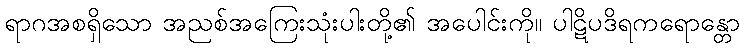
ရာဂအစရှိသော အညစ်အကြေးသုံးပါးတို့၏ အပေါင်းကို။ ပါဋိပဒိရကရောန္တော